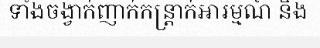
ទាំងចង្វាក់ញាក់កន្ត្រាក់អារម្មណ៍ និង